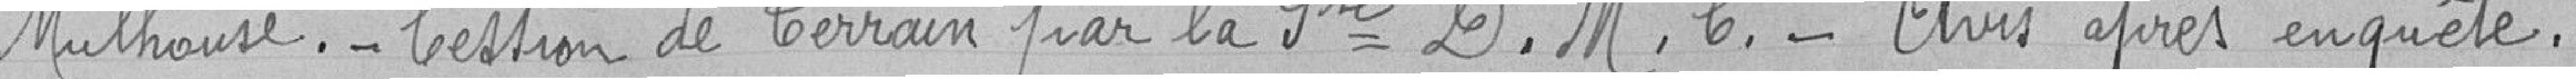
Mulhouse._ Cession de terrain par la Sté D.M.C. _ Avis après enquete